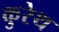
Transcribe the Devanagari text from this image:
कुरेथ